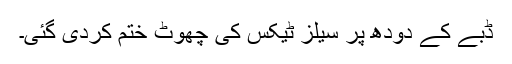
ڈبے کے دودھ پر سیلز ٹیکس کی چھوٹ ختم کردی گئی۔